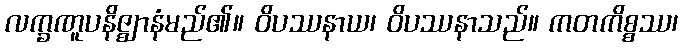
လက္ခဏူပနိဇ္ဈာနံမည်၏။ ဝိပဿနာယ၊ ဝိပဿနာသည်။ ကတကိစ္စဿ၊